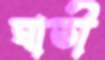
ঘাতী